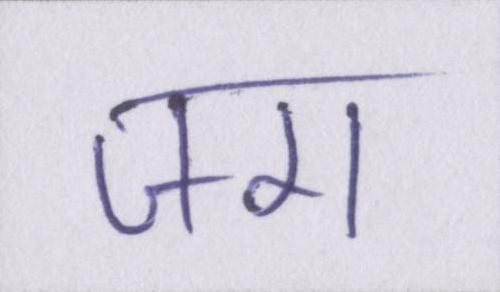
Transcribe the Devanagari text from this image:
जग